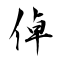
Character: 倬